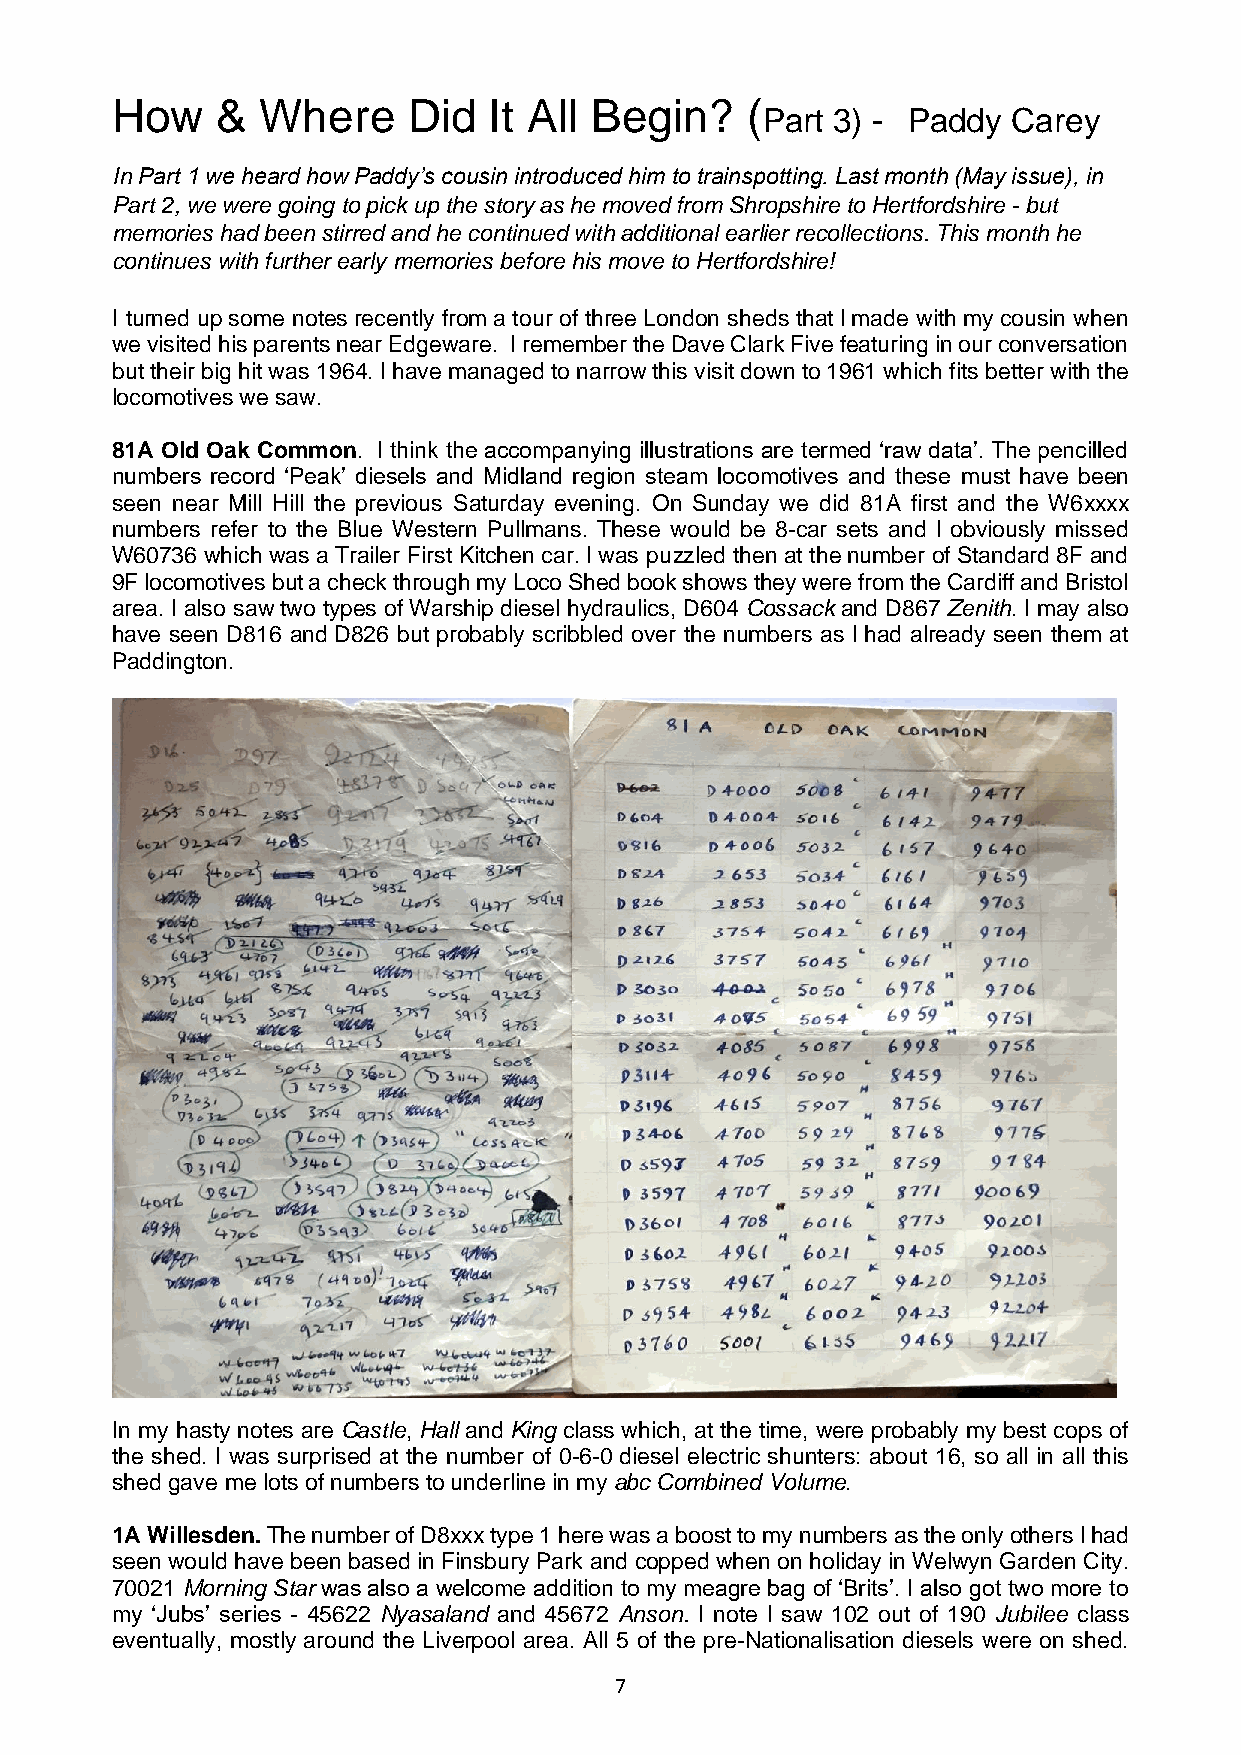
How    &  Where     Did  It All Begin?    (
 Part 3) - Paddy  Carey
 In Part 1 we heard how Paddy’s cousin introduced him to trainspotting. Last month (May issue), in
 Part 2, we were going to pick up the story as he moved from Shropshire to Hertfordshire - but
 memories had been stirred and he continued with additional earlier recollections. This month he
 continues with further early memories before his move to Hertfordshire!
 I turned up some notes recently from a tour of three London sheds that l made with my cousin when
 we visited his parents near Edgeware. I remember the Dave Clark Five featuring in our conversation
 but their big hit was 1964. I have managed to narrow this visit down to 1961 which fits better with the
 locomotives we saw.
 81A Old Oak Common. I think the accompanying illustrations are termed ‘raw data’. The pencilled
 numbers record ‘Peak’ diesels and Midland region steam locomotives and these must have been
 seen near Mill Hill the previous Saturday evening. On Sunday we did 81A first and the W6xxxx
 numbers refer to the Blue Western Pullmans. These would be 8-car sets and l obviously missed
 W60736 which was a Trailer First Kitchen car. I was puzzled then at the number of Standard 8F and
 9F locomotives but a check through my Loco Shed book shows they were from the Cardiff and Bristol
 area. I also saw two types of Warship diesel hydraulics, D604 Cossack and D867 Zenith. I may also
 have seen D816 and D826 but probably scribbled over the numbers as l had already seen them at
 Paddington.
 In my hasty notes are Castle, Hall and King class which, at the time, were probably my best cops of
 the shed. I was surprised at the number of 0-6-0 diesel electric shunters: about 16, so all in all this
 shed gave me lots of numbers to underline in my abc Combined Volume.
 1A Willesden. The number of D8xxx type 1 here was a boost to my numbers as the only others l had
 seen would have been based in Finsbury Park and copped when on holiday in Welwyn Garden City.
 70021 Morning Star was also a welcome addition to my meagre bag of ‘Brits’. I also got two more to
 my ‘Jubs’ series - 45622 Nyasaland and 45672 Anson. I note l saw 102 out of 190 Jubilee class
 eventually, mostly around the Liverpool area. All 5 of the pre-Nationalisation diesels were on shed.
 7